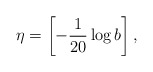
\begin{align*}\eta=\left[-\frac{1}{20}\log b\right],\end{align*}